Medical and sanitary report of the native army of Madras for the year
Year: 1877
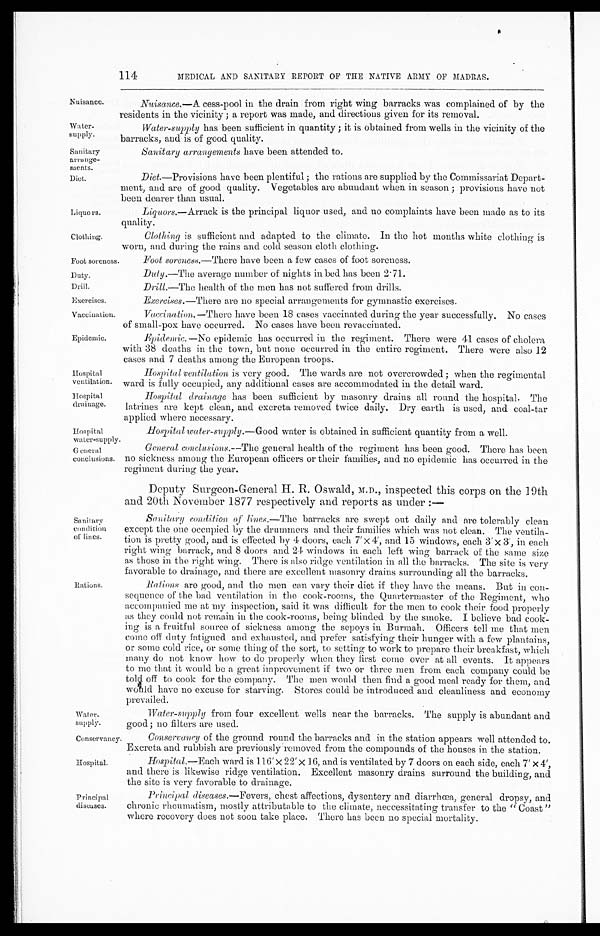
Nuisance.
Water
-supply.
Sanitary
arrange
-ments.
Diet.
Liquors.
Clothing.
VaCeillation.
Epidemic.
Hospital
ventilation.
Hospital
drainage.
Hospital
water-supply.
Ge neral
conclusions.
Conservancy.
Hospital.
114
MEDICAL AND SANITARY REPORT OF THE NATIVE ARMY OF MADRAS.
Nuisance.— A cess-pool in the drain from right wing barracks was complained of by the
residents in the vicinity; a report was made, and directions given for its removal.
Water-supply has been sufficient in quantity; it is obtained from wells in the vicinity of the
barracks, and is of good quality.
Sanitary arrangements have been attended to.
Diet .—Provisions have been plentiful; the rations are supplied by the Commissariat Depart
- m e n t , a n d a r e o f g o o d q u a l i t y . V e g e t a b l e s a r e a b u n d a n t w h e n i n s e a s o n ; p r o v i s i o n s h a v e n o t
been dearer than usual.
Liquors.—Arrack is the principal liquor used, and no complaints have been made as to its
quality.
Clothing is sufficient and adapted to the climate. In the hot months white clothing is
worn, and during the rains and cold season cloth clothing.
Foot soreness.
Duty.
Drill.
Exercises.
Foot soreness .—There have been a few cases of foot soreness.
Duty .—The average number of nights in bed has been 2.71.
Drill.—The health of the men has not suffered from drills.
Exercises .—There are no special arrangements for gymnastic exercises.
Vaccination.—There have been 18 cases vaccinated during the year successfully. No cases
of small-pox have occurred. No cases have been revaccinated.
Epidemic
.—No epidemic has occurred in the regiment. There were 41 cases of cholera
with 38 deaths in the town, but none occurred in the entire regiment. There were also 12
cases and 7 deaths among the European troops.
Hospital ventilation is very good. The wards are not overcrowded; when the regimental
ward is fully occupied, any additional cases are accommodated in the detail ward.
Hospital drainage has been sufficient by masonry drains all round the hospital. The
latrines are kept clean, and excreta removed twice daily. Dry earth is used, and coal-tar
applied where necessary.
S a n i t t a r y c o n d i t i o n
of lines.
Hospital water-supply .—Good water is obtained in sufficient quantity from a well.
General conclusions .—The general health of the regiment has been good. There has been
no sickness among the European officers or their families, and no epidemic has occurred in the
regiment during the year.
Deputy Surgeon-General H. R. Oswald, M.D., inspected this corps on the 19th
and 20th. November 1877 respectively and reports as under:—
Sanilary condition of lines. — T h e
b a r r a c k s a r e s w e p t o u t d a i l y a n d a r e t o l e r a b l y c l e a n
except the one occupied by the drummers and their families which was not clean. The ventila
- t i o n i s p r e t t y g o o d , a n d i s e f f e c t e d b y 4 d o o r s , e a c h 7 '×
4 ' , a n d 1 5 w i n d o w s , e a c h 3 '×
3 , i n e a c h
right wing barrack, and 8 doors and 24 windows in each left wing barrack of the same size
as those in the right wing. There is also ridge ventilation in all the barracks. The site is very
favorable to drainage, and there are excellent masonry drains surrounding all the barracks.
Rations.
Water-supply.
Rations are good, and the men can vary their diet if they have the means. But in con
- s e q u e n c e o f t h e b a d v e n t i l a t i o n i n t h e c o o k - r o o m s , t h e Q u a r t e r m a s t e r o f t h e R e g i m e n t , w h o
accompanied me at my inspection, said it was difficult for the men to cook their food properly
us they could not remain in the cook-rooms, being blinded by the smoke. I believe bad cook
- i n g i s a f r u i t f u l s o u r c e o f s i c k n e s s a m o n g t h e s e p o y s i n B u r m a h . O f f i c e r s t e l l m e t h a t m e n
come off duty fatigued and exhausted, and prefer satisfying their hunger with a few plantains,
or some cold rice, or some thing of the sort, to setting to work to prepare their breakfast, which
many do not know how to do properly when they first come over at all events. It appears
to me that it would be a great improvement if two or three men from each company could be
told off to cook for the company. The men would then find a good meal ready for them, and
would have no excuse for starving. Stores could be introduced and cleanliness and economy
prevailed.
Water-supply from four excellent wells near the barracks. The supply is abundant and
good; no filters are used.
Principal
diseases.
Conservancy of the ground round the barracks and in the station appears well attended to.
Excreta and rubbish are previously removed from the compounds of the houses in the station.
Hospital .—Each ward is 116'× 22'× 16, and is ventilated by 7 doors on each side, each 7' × 4',
and there is likewise ridge ventilation. Excellent masonry drains surround the building, and
the site is very favorable to drainage.
Principal diseases.—Fevers, chest affections, dysentery and diarrhœa, general dropsy, and
chronic rheumatism, mostly attributable to the climate, neccessitating transfer to the "Coast"
where recovery does not soon take place. There has been no special mortality.